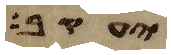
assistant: יעקב